Vaccination in the Punjab 1897-1904 - 1897-1904
Year: 1897
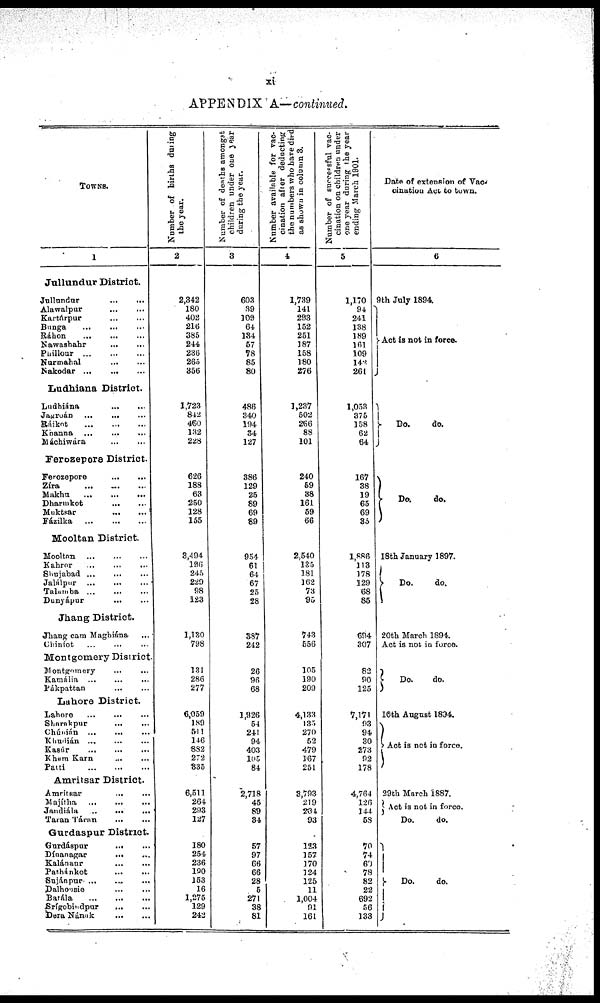
xi
APPENDIX A—continued.
TOWNS.
1
Jullundur District.
Jullundur ...
...
Alawalpur
...
...
Kartárpur
...
...
Bunga ... ... ...
Ráhon ... ... ...
Nawashahr ... ...
Phillour
...
...
...
Nurmahal ... ...
Nakodar
...
...
...
Ludhiana District.
Ludhiána ... ...
Jagroán ... ... ...
Ráikot ... ... ...
Khanna ... ... ...
Máchiwára ... ... ...
Ferozepore District.
Ferozepore
...
...
Zíra
...
...
...
Makhu
...
...
...
Dharmkot
...
...
Muktsar
...
...
Fázilka
...
...
...
Mooltan District.
Mooltan ... ... ...
Kahror ... ... ...
Shujabad
...
...
...
Jalálpur
...
...
...
Talamba ... ... ...
Dunyápur
...
...
Jhang District.
Jhang cam Maghiána ...
Chiníot ... ... ...
Montgomery District.
Montgomery ... ...
Kamália ... ... ...
Pákpattan ... ...
Lahore District.
Lahore ... ... ...
Sharakpur
...
...
Chúnián ...
... ...
Khudián ... ... ...
Kasúr ... ... ...
Khem Karn ... ...
Patti
...
...
...
Amritsar District.
Amritsar
...
...
Majítha ... ... ...
Jandiála ...
...
...
Taran Táran ... ...
Gurdaspur District.
Gurdáspur
...
...
Dínanagar
...
...
Kalánaur ... ...
Pathánkot
...
...
Sujánpur ... ... ...
Dalhousie
...
...
Batála
...
...
...
Srígobindpur
... ...
Dera Nának
...
...
Number of births during
the year.
2
2,342
180
402
216
385
244
236
265
356
1,723
842
460
132
228
626
188
63
250
128
155
3,494
196
245
229
98
123
1,130
798
131
286
277
6,059
189
511
146
882
272
335
6,511
264
293
127
180
254
236
100
153
16
1,275
129
242
Number of deaths amongst
children under one year
during the year.
3
603
39
109
64
134
57
78
85
80
486
340
194
34
127
386
129
25
89
69
89
954
61
64
67
25
28
387
242
26
96
68
1,926
54
241
94
403
105
84
2,718
45
89
34
57
97
66
66
28
5
271
38
81
Number available for vac-
cination after deducting
the numbers who have died
as shown in column 3.
4
1,739
141
293
152
251
187
158
180
276
1,237
502
266
88
101
240
59
38
161
59
66
2,540
135
181
162
73
95
743
556
105
190
209
4,133
135
270
52
479
167
251
3,793
219
204
93
123
157
170
124
125
11
1,004
91
161
Number of successful vac-
cination on children under
one year during the year
ending March 1901.
5
1,170
94
241
138
189
161
109
142
261
1,053
375
158
62
64
167
38
19
65
69
35
1,886
113
178
129
68
85
694
307
82
90
125
7,171
93
94
30
273
92
178
4,764
126
144
58
70
74
60
78
82
22
692
56
133
Date of extension of Vac-
cination Act to town.
6
9th July 1894.
Act is not in force.
Do.
do.
Do.
do.
18th January 1897.
Do.
do.
20th March 1894.
Act is not in force.
Do.
do.
10th August 1894.
Act is not in force.
29th March 1887.
Act is not in force.
Do.
do.
Do.
do.